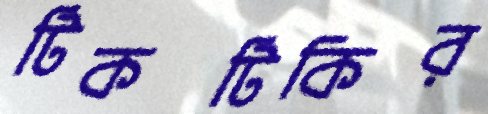
টিকটিকির